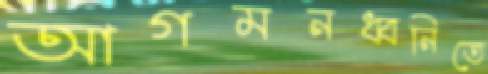
আগমনধ্বনিতে